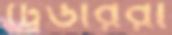
ট্রেডাররা